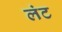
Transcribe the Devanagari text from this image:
लंट